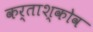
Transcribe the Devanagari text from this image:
कर्ताश्कोव